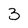
Character: 3